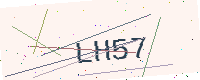
Text: LH57